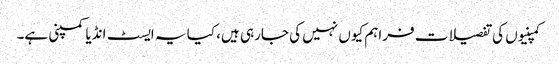
کمپنیوں کی تفصیلات فراہم کیوں نہیں کی جارہی ہیں، کیا یہ ایسٹ انڈیا کمپنی ہے۔